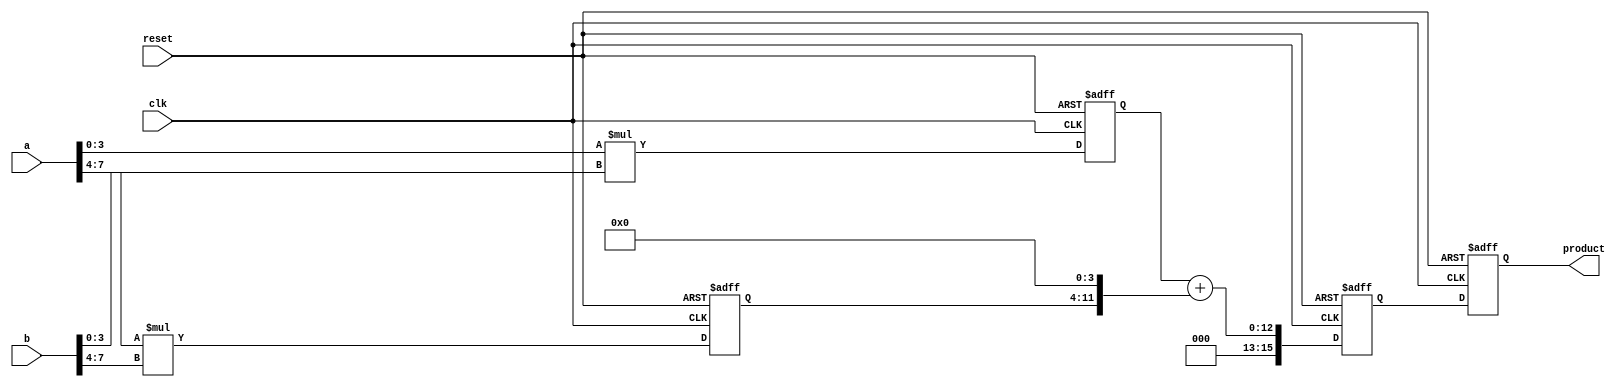
module pipelined_sliced_multiplier (
    input clk,
    input reset,
    input [7:0] a, // 8-bit multiplicand
    input [7:0] b, // 8-bit multiplier
    output reg [15:0] product // 16-bit product
);

    // Internal signals
    reg [3:0] a_slice0, a_slice1; // Slices of the multiplicand
    reg [3:0] b_slice0, b_slice1; // Slices of the multiplier
    reg [7:0] partial_product0, partial_product1; // Partial products
    reg [15:0] sum; // Intermediate sum for final product

    // Pipeline registers
    reg [7:0] pp0_reg, pp1_reg; // Registered partial products
    reg [15:0] sum_reg; // Registered sum

    // Slicing the inputs into two 4-bit slices
    always @(*) begin
        a_slice0 = a[3:0];
        a_slice1 = a[7:4];
        b_slice0 = b[3:0];
        b_slice1 = b[7:4];
    end

    // Generate partial products for each slice
    always @(*) begin
        partial_product0 = a_slice0 * b_slice0; // Partial product for slice 0
        partial_product1 = a_slice1 * b_slice1; // Partial product for slice 1
    end

    // Pipeline stage 1: Register partial products
    always @(posedge clk or posedge reset) begin
        if (reset) begin
            pp0_reg <= 8'b0;
            pp1_reg <= 8'b0;
        end else begin
            pp0_reg <= partial_product0;
            pp1_reg <= partial_product1;
        end
    end

    // Combine partial products in the next pipeline stage
    always @(*) begin
        sum = pp0_reg + (pp1_reg << 4); // Shift and add the partial products
    end

    // Final stage: Register the sum
    always @(posedge clk or posedge reset) begin
        if (reset) begin
            product <= 16'b0;
            sum_reg <= 16'b0;
        end else begin
            sum_reg <= sum;
            product <= sum_reg; // Output the final product
        end
    end

endmodule